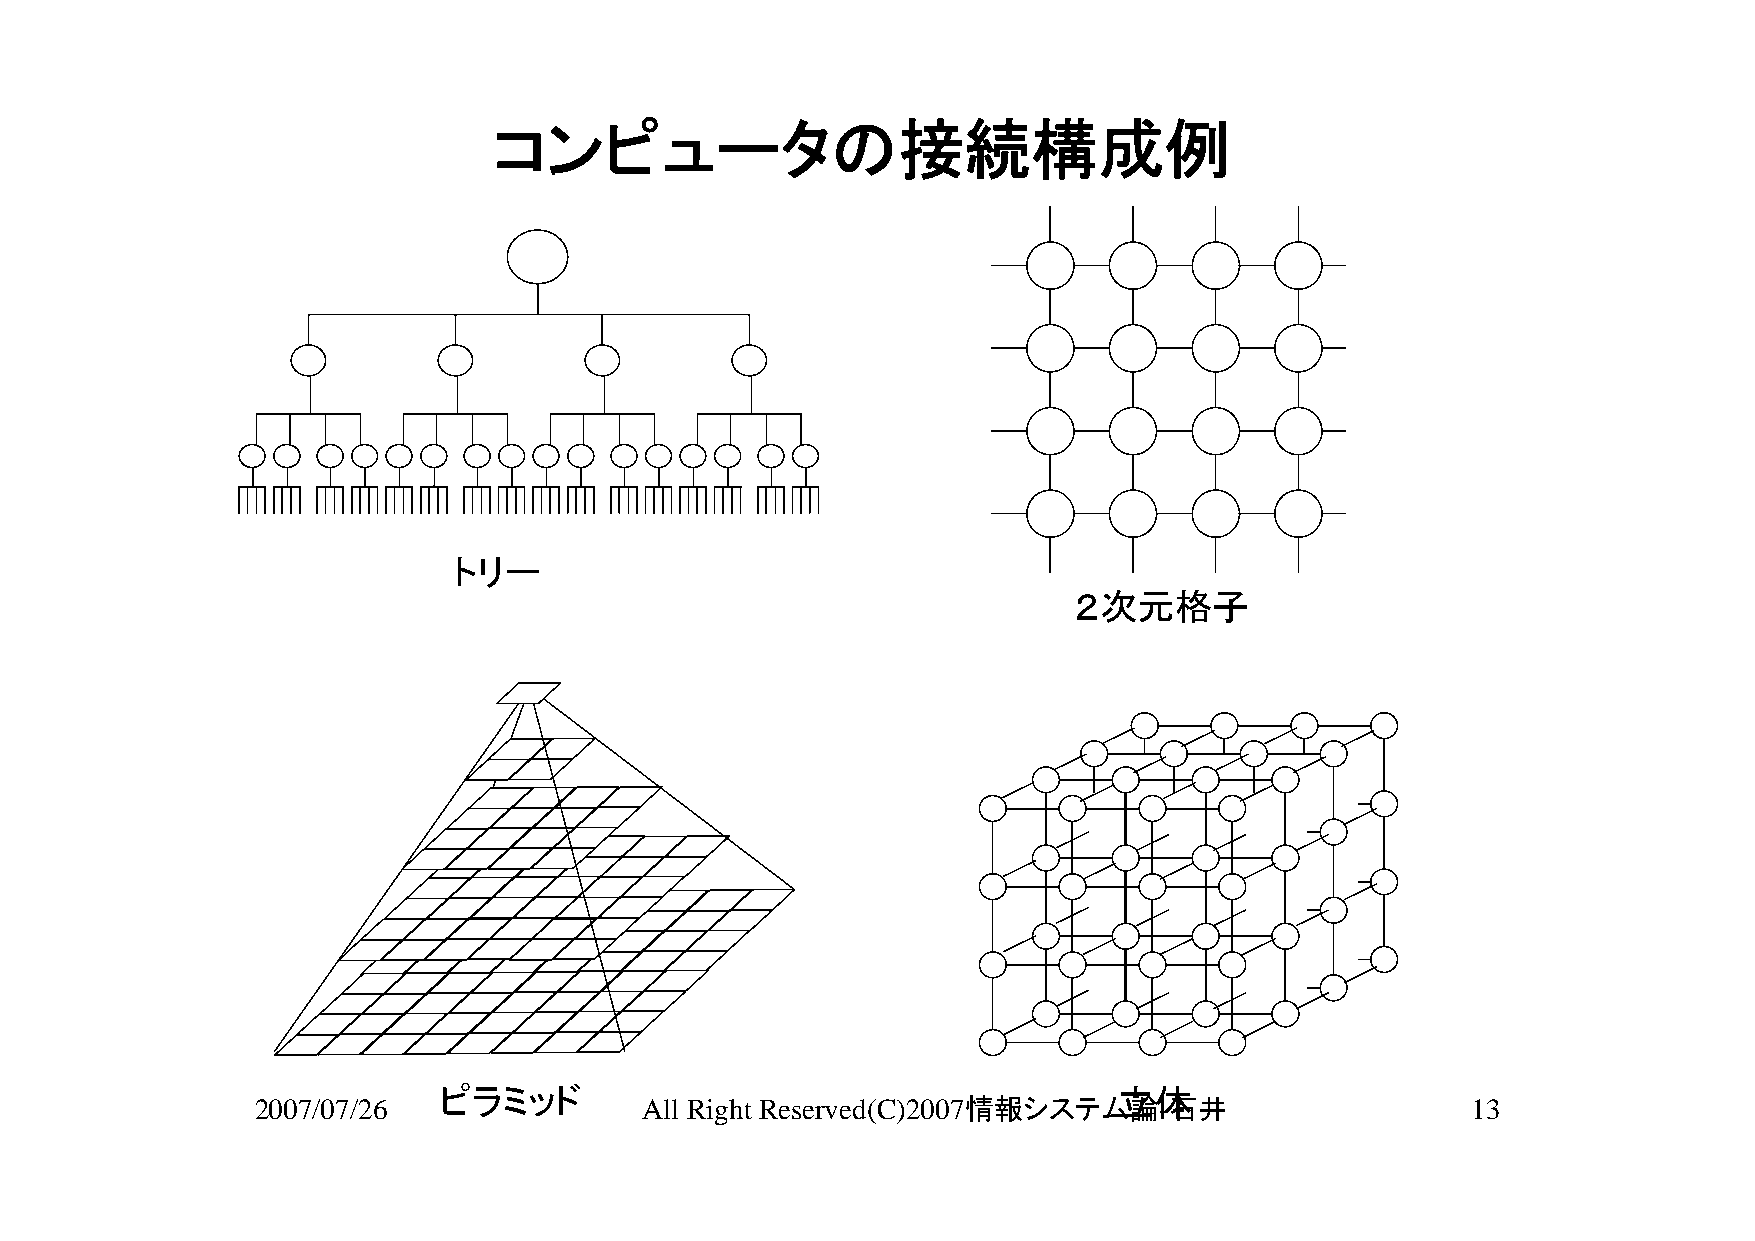
コンピュータの接続構成例
 トリー
 ２次元格子
 ピラミッド                                        立体
 2007/07/26               All Right Reserved(C)2007情報システム論-石井                    13